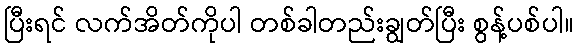
ပြီးရင် လက်အိတ်ကိုပါ တစ်ခါတည်းချွတ်ပြီး စွန့်ပစ်ပါ။